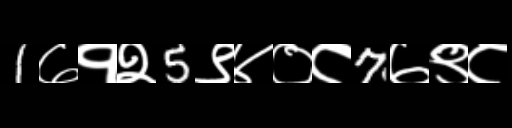
Text: 1७१२5९४०८7७९८